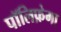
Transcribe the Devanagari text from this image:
पॉलिफ़ेगा